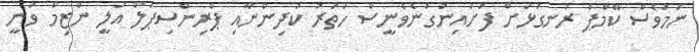
ނަމަވެސް ކޭމްޕް ރަނގަޅަށް ފަށައިނުގަނެވެނީސް ހަތަރު ކުދިންނާއި ޕްރިންސިޕަލް އަލީ ނާޒިމް ވަނީ